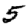
Digit: 5